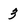
Character: 3